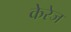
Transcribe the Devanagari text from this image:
केरेज